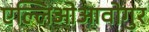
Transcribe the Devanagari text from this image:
एल्लिओआवोगुर